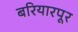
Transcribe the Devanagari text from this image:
बरियारपूर